Vaccination in Burma 1920-1933 - 1920-1933
Year: 1920
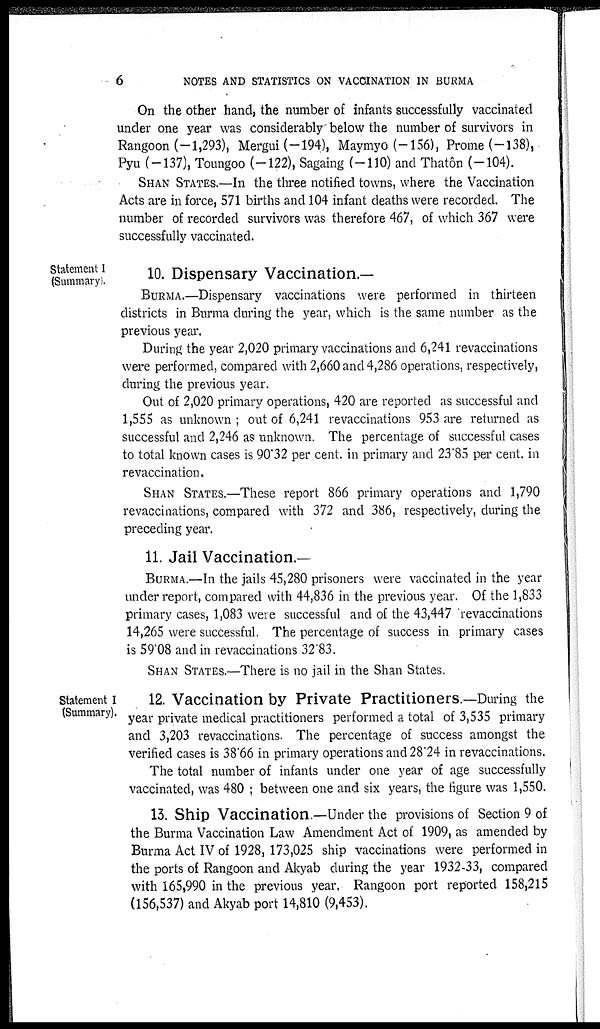
6
NOTES AND STATISTICS ON VACCINATION IN BURMA
On the other hand, the number of infants successfully vaccinated
under one year was considerably below the number of survivors in
Rangoon (-1,293), Mergui (-194), Maymyo (-156), Prome (-138),
Pyu (-137), Toungoo (-122), Sagaing (-110) and Thatôn (-104).
SHAN STATES.—In the three notified towns, where the Vaccination
Acts are in force, 571 births and 104 infant deaths were recorded. The
number of recorded survivors was therefore 467, of which 367 were
successfully vaccinated.
Statement I
(Summary).
10. Dispensary Vaccination.—
BURMA.—Dispensary vaccinations were performed in thirteen
districts in Burma during the year, which is the same number as the
previous year.
During the year 2,020 primary vaccinations and 6,241 revaccinations
were performed, compared with 2,660 and 4,286 operations, respectively,
during the previous year.
Out of 2,020 primary operations, 420 are reported as successful and
1,555 as unknown ; out of 6,241 revaccinations 953 are returned as
successful and 2,246 as unknown. The percentage of successful cases
to total known cases is 90.32 per cent. in primary and 23.85 per cent. in
revaccination.
SHAN STATES.—These report 866 primary operations and 1,790
revaccinations, compared with 372 and 386, respectively, during the
preceding year.
11. Jail Vaccination.—
BURMA.—In the jails 45,280 prisoners were vaccinated in the year
under report, compared with 44,836 in the previous year. Of the 1,833
primary cases, 1,083 were successful and of the 43,447 revaccinations
14,265 were successful. The percentage of success in primary cases
is 59.08 and in revaccinations 32.83.
SHAN STATES.—There is no jail in the Shan States.
Statement I
(Summary).
12. Vaccination by Private Practitioners.—During the
year private medical practitioners performed a total of 3,535 primary
and 3,203 revaccinations. The percentage of success amongst the
verified cases is 38.66 in primary operations and 28.24 in revaccinations.
The total number of infants under one year of age successfully
vaccinated, was 480 ; between one and six years, the figure was 1,550.
13. Ship Vaccination.—Under the provisions of Section 9 of
the Burma Vaccination Law Amendment Act of 1909, as amended by
Burma Act IV of 1928, 173,025 ship vaccinations were performed in
the ports of Rangoon and Akyab during the year 1932-33, compared
with 165,990 in the previous year. Rangoon port reported 158,215
(156,537) and Akyab port 14,810 (9,453).